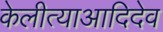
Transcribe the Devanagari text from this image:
केलीत्याआदिदेव